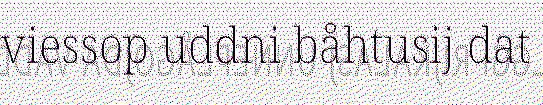
viessop uddni båhtusij dat